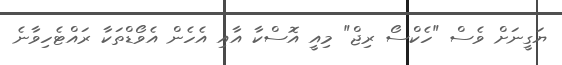
ޔަގީނަށް ވެސް "ހެކްސޯ ރިޖް" މިއީ އޮސްކާ އާއި އެހެން އެވޯޑްތަކާ ރައްޓެހިވާނެ